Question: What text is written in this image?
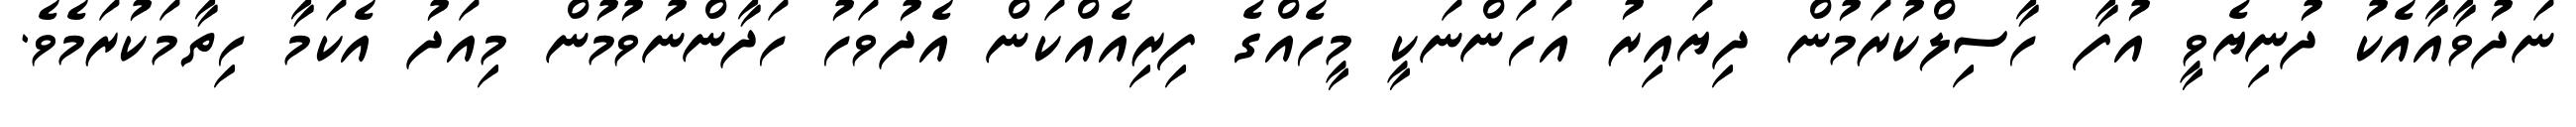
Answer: ނަދުވާއާއެކު ދުނިޔެވީ އުފާ ހާސިލްކުރަމުން ދިޔައިރު އަހަންނަކީ މީހެއްގެ ފިރިއެއްކަން އެދުވަހު ހަދާންނުވުމުން މިއަދު އެކަމާ ހިތާމަކުރަމެވެ.